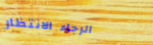
الرجاء الانتظار